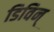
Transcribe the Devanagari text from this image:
डिविन्